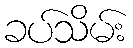
ခပ်သိမ်း